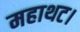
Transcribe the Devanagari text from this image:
महाथट।